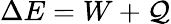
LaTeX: \Delta{}E=W+\mathcal{Q}